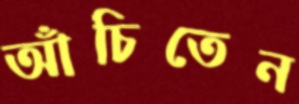
আঁচিতেন